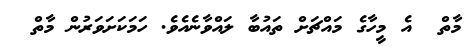
މާތް  އެ މީހާގެ މައްޗަށް ތައުބާ ލައްވާނެއެވެ. ހަމަކަށަވަރުން މާތް